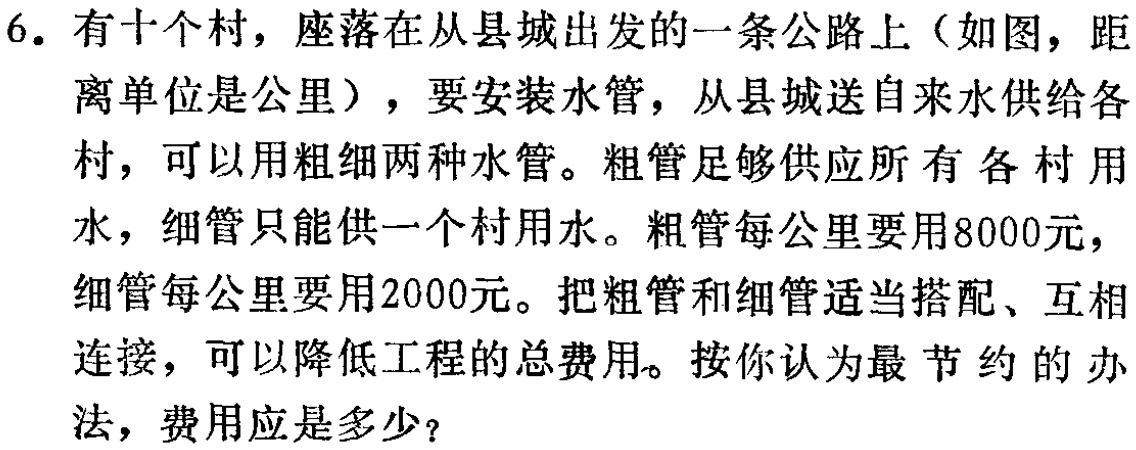
6. 有十个村，座落在从县城出发的一条公路上（如图，距离单位是公里），要安装水管，从县城送自来水供给各村，可以用粗细两种水管。粗管足够供应所有各村用水，细管只能供一个村用水。粗管每公里要用8000元，细管每公里要用2000元。把粗管和细管适当搭配、互相连接，可以降低工程的总费用。按你认为最节约的办法，费用应是多少？